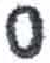
אות: ס